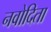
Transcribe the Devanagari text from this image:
नवोदिता